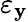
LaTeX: \varepsilon_{\mathbf{y}}